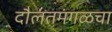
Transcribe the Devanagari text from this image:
दौलतमंगळचा